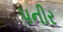
પનીર